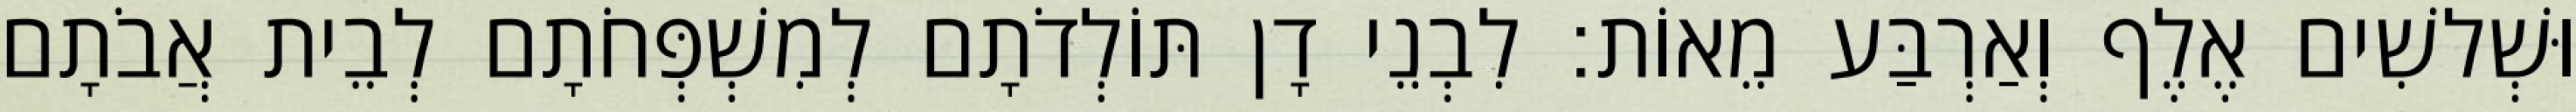
וּשְׁלשִׁים אֶלֶף וְאַרְבַּע מֵאוֹת׃ לִבְנֵי דָן תּוֹלְדֹתָם לְמִשְׁפְּחֹתָם לְבֵית אֲבֹתָם